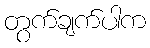
တွက်ချက်ပါက